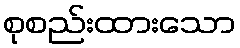
စုစည်းထားသော